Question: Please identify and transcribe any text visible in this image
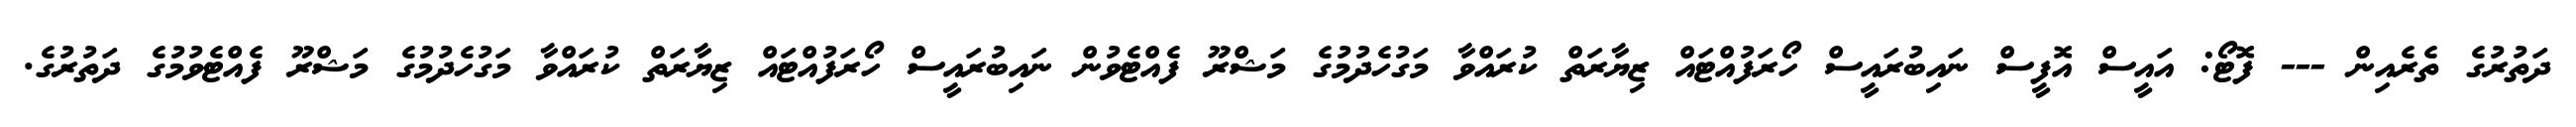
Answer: ދަތުރުގެ ތެރެއިން --- ފޮޓޯ: އައީސް އޮފީސް ނައިބުރައީސް ހޯރަފުއްޓައް ޒިޔާރަތް ކުރައްވާ މަގުހެދުމުގެ މަޝްރޫ ފެއްޓެވުން ނައިބުރައީސް ހޯރަފުއްޓައް ޒިޔާރަތް ކުރައްވާ މަގުހެދުމުގެ މަޝްރޫ ފެއްޓެވުމުގެ ދަތުރުގެ.